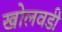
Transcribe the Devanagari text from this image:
खोलवडी